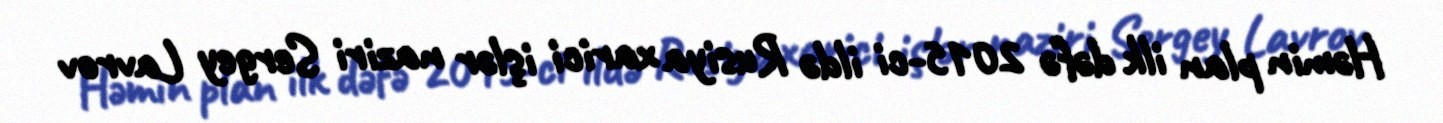
Həmin plan ilk dəfə 2015-ci ildə Rusiya xarici işlər naziri Sergey Lavrov